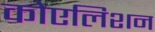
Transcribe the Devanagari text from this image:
कोएलिशन